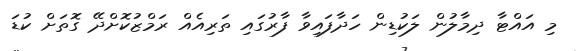
މި އައްޓާ ދިމާލުން ލަކުޑިން ހަދާފައިވާ ފާރުގައި ތަރިއެއް ރަމްޒުކޮށްދޭ ގޮތަށް ކުޑަ